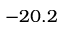
- 2 0 . 2